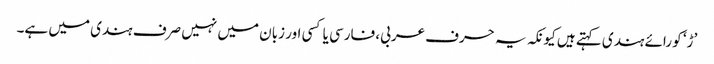
’ڑ‘ کو رائے ہندی کہتے ہیں کیونکہ یہ حرف عربی، فارسی یا کسی اور زبان میں نہیں صرف ہندی میں ہے۔